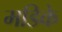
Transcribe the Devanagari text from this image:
मडिके